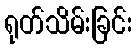
ရုတ်သိမ်းခြင်း